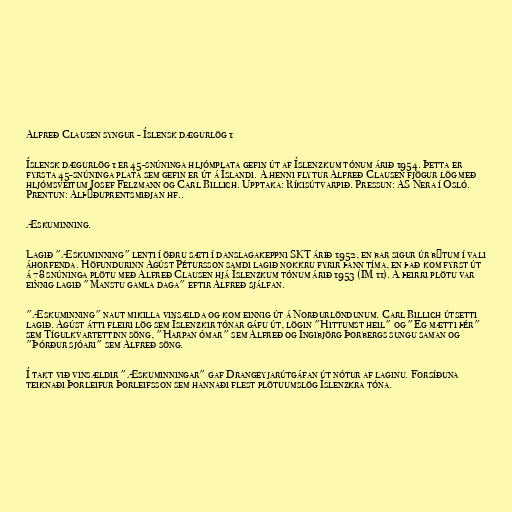
Alfreð Clausen syngur - Íslensk dægurlög 1

Íslensk dægurlög 1 er 45-snúninga hljómplata gefin út af Íslenzkum tónum árið 1954. Þetta er
fyrsta 45-snúninga plata sem gefin er út á Íslandi. Á henni flytur Alfreð Clausen fjögur lög með
hljómsveitum Josef Felzmann og Carl Billich. Upptaka: Ríkisútvarpið. Pressun: AS Nera í Osló.
Prentun: Alþýðuprentsmiðjan hf..

Æskuminning.

Lagið "Æskuminning" lenti í öðru sæti í danslagakeppni SKT árið 1952, en bar sigur úr býtum í vali
áhorfenda. Höfundurinn Ágúst Pétursson samdi lagið nokkru fyrir þann tíma, en það kom fyrst út
á 78 snúninga plötu með Alfreð Clausen hjá Íslenzkum tónum árið 1953 (IM 11). Á þeirri plötu var
einnig lagið "Manstu gamla daga" eftir Alfreð sjálfan.

"Æskuminning" naut mikilla vinsælda og kom einnig út á Norðurlöndunum. Carl Billich útsetti
lagið. Ágúst átti fleiri lög sem Íslenzkir tónar gáfu út, lögin "Hittumst heil" og "Ég mætti þér"
sem Tígulkvartettinn söng, "Harpan ómar" sem Alfreð og Ingibjörg Þorbergs sungu saman og
"Þórður sjóari" sem Alfreð söng.

Í takt við vinsældir "Æskuminningar" gaf Drangeyjarútgáfan út nótur af laginu. Forsíðuna
teiknaði Þorleifur Þorleifsson sem hannaði flest plötuumslög Íslenzkra tóna.